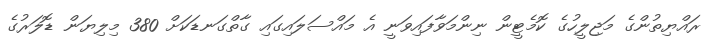
ރައްޔިތުންގެ މަޖިލީހުގެ ކޮމެޓީން ނިންމަވާފައިވަނީ އެ މައްސަލައިގައި ގާތްގަނޑަކަށް 380 މިލިޔަން ޑޮލަރުގެ